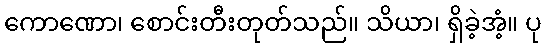
ကောဏော၊ စောင်းတီးတုတ်သည်။ သိယာ၊ ရှိခဲ့အံ့။ ပု